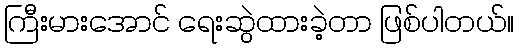
ကြီးမားအောင် ရေးဆွဲထားခဲ့တာ ဖြစ်ပါတယ်။